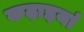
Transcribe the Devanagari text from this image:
कढ़ाइयां